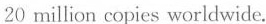
20 million copies worldwide.